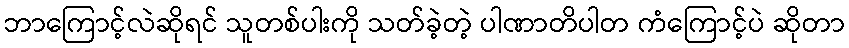
ဘာကြောင့်လဲဆိုရင် သူတစ်ပါးကို သတ်ခဲ့တဲ့ ပါဏာတိပါတ ကံကြောင့်ပဲ ဆိုတာ